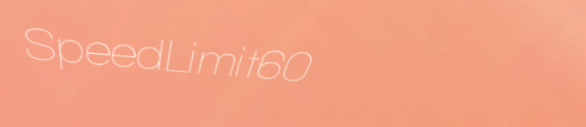
SpeedLimit60